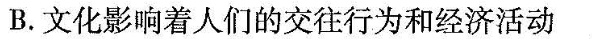
B.文化影响着人们的交往行为和经济活动